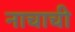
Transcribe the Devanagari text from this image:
नाचाची